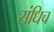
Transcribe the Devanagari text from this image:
संधिच